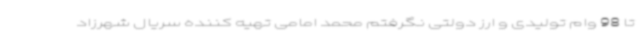
تا 98 وام تولیدی و ارز دولتی نگرفتم محمد امامی تهیه کننده سریال شهرزاد